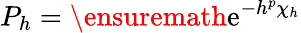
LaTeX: P_{h}=\ensuremath{\mathrm{e}}^{-h^{p}\chi_{h}}